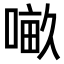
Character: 𠺖